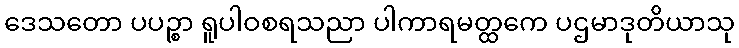
ဒေသတော ပပဉ္စာ ရူပါဝစရသညာ ပါကာရမတ္ထကေ ပဌမာဒုတိယာသု